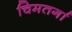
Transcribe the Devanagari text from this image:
चिमतर्गा